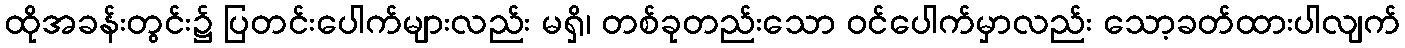
ထိုအခန်းတွင်း၌ ပြတင်းပေါက်များလည်း မရှိ၊ တစ်ခုတည်းသော ဝင်ပေါက်မှာလည်း သော့ခတ်ထားပါလျက်